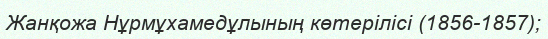
Жанқожа Нұрмұхамедұлының көтерілісі (1856-1857);